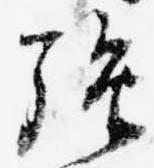
強